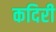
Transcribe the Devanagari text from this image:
कदिरी